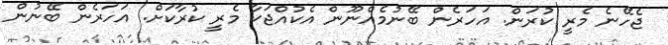
ޖެހޭނެ މެރީ ކުރަން. އަހަރެން ބޭނުމެއްނޫން އެކުއްޖަކާ މެރީ ކުރާކަށް. އަހަރެން ބޭނުން